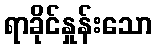
ရာခိုင်နှုန်းသော